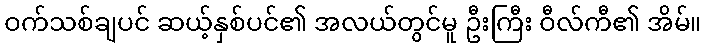
ဝက်သစ်ချပင် ဆယ့်နှစ်ပင်၏ အလယ်တွင်မူ ဦးကြီး ဝီလ်ကီ၏ အိမ်။